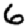
Digit: 6